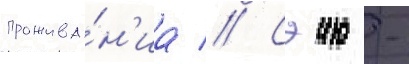
прожива́н'иа // Сэию -